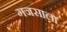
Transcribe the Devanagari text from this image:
गजसाला